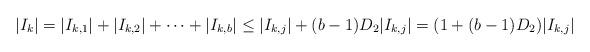
LaTeX: \begin{align*}|I_k|=|I_{k,1}| + |I_{k,2}| + \cdots + |I_{k,b}|\le|I_{k,j}| + (b-1) D_2 |I_{k,j}|=(1 + (b-1)D_2) |I_{k,j}|\end{align*}